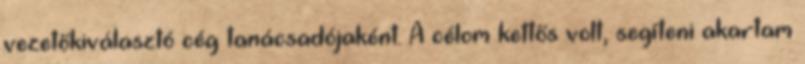
vezetőkiválasztó cég tanácsadójaként. A célom kettős volt, segíteni akartam